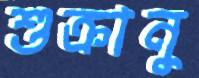
শুক্রানু